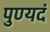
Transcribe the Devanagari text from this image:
पुण्यदं